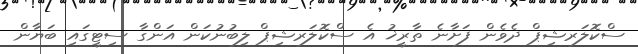
ސްކޮލަރޝިޕް ދެވެން ފަށާނެ ތާރީޚު އެ ސްކޮލަރޝިޕް ލިބުނުކަން އަންގާ ސިޓީގައި ބަޔާން